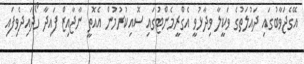
އޭގެޖަވާބުގައި ދައުލަތުގެ ވަކީލާ ވިދާޅުވީ އެގްރީމެންޓުގައި ސޮއިކުރުމުން އެއޮތީ ނާޖާއިޒް ފައިދާ ހޯދައިދެވިފައި